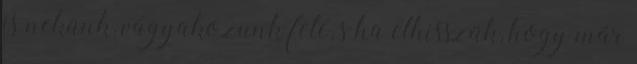
is nekünk, vágyakozunk felé, s ha elhisszük, hogy már